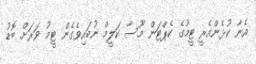
އެނާ ކުޅެންއެރީ ޓީމުގެ ކެޕްޓަން މޫސާ ކަލީމް ނުބައިވެގެން ޓީމު ވަރަށް ބޮޑު